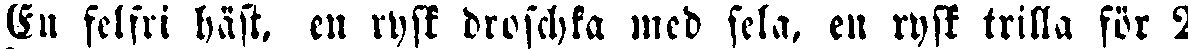
En felfri häst, en rysk droschka med sela. en rysk trilla för 2